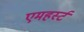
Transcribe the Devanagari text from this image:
एमहर्स्‍ट